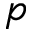
p